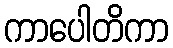
ကာပေါတိကာ